system: You are a helpful assistant.
user:
Analyze the provided spectrum to determine if it is a **White Dwarf (WD)**.

A White Dwarf spectrum is defined by its **extreme purity** (due to gravitational settling) and/or **extreme pressure broadening** (due to high surface gravity). You must check for one of the following mutually exclusive signatures:

- **Key Visual Indicators (Check for ONE of these types):**

    - **1. DA-Type Signature (Most Common):**
        - **(Primary Feature):** Extreme pressure broadening (Stark broadening) of the **Hydrogen (H) Balmer lines**.
        - **(Key Lines):** $H\beta$ (approx. $4861$ Å) and $H\gamma$ (approx. $4340$ Å). $H\alpha$ (approx. $6563$ Å) will also be present if the wavelength range covers it.
        - **(Line Profile):** This is the **defining feature**. The lines are **NOT** sharp. They appear as massive, **extremely broad and deep "troughs" or "dips"** in the spectrum, often hundreds of Ångströms wide. The continuum will appear to "scoop" down at these wavelengths.
        - **(Distinction):** Normal A-type or B-type stars have *narrow* and *sharp* Hydrogen lines. A DA White Dwarf's lines are unmistakably "smeared" or "blurry" from pressure.

    - **2. DB-Type Signature:**
        - **(Primary Feature):** Broad absorption lines from **Neutral Helium (He I)**. The spectrum must lack any visible Hydrogen lines.
        - **(Key Lines):** Look for broad absorption near $4471$ Å, $4921$ Å, and $5876$ Å.
        - **(Line Profile):** These lines are also significantly pressure-broadened, appearing much wider than they would in a normal B-type main-sequence star.

    - **3. DC-Type Signature:**
        - **(Primary Feature):** A **featureless continuous spectrum**.
        - **(Line Profile):** The spectrum is a smooth curve with **no significant absorption or emission lines**.
        - **(Key Confirmation):** The continuum is almost always **blue or white**, indicating a hot object. This signature implies the atmosphere is so pure (or so cool) that no spectral lines are visible in the optical range. Its WD identity is confirmed by its extremely low intrinsic brightness (high absolute magnitude).

    - **4. DZ-Type Signature (Metal-Polluted):**
        - **(Primary Feature):** **Isolated, narrow metal absorption lines** on an otherwise featureless (DC-like) continuum.
        - **(Key Lines):** The **Calcium (Ca II) H & K doublet** (approx. **$3934$ Å** and **$3968$ Å**) is the most common and defining feature.
        - **(Line Profile):** These lines are "out of place." They are *not* part of a "forest" of thousands of lines. This signature is evidence of recent *accretion* (pollution) from rocky debris.
        - **(Distinction):** Normal G/K/M stars have a *dense forest* of thousands of metal lines. A DZ has a *clean* continuum with *only a few* strong metal lines.

    - **5. DQ-Type Signature (Carbon-Polluted):**
        - **(Primary Feature):** Absorption bands from **Carbon (C₂ "Swan Bands" or atomic C I)**.
        - **(Key Lines - C₂):** Look for bandheads with a "saw-tooth" shape near $5635$ Å, **$5165$ Å** (strongest), and $4737$ Å.
        - **(Key Confirmation):** The underlying **continuum must be blue or white** (hot).
        - **(Distinction):** This is the critical difference from a **Carbon Star**, which has the *exact same* C₂ bands but on an extremely **red, cool** continuum.

- **(Overall Spectrum):**
    - The continuum (overall shape) is typically **blue-sloping** (brighter in the blue than the red), as most white dwarfs are very hot.
    - The spectrum will look "pure" or "simple," dominated by only *one* of the five signatures listed above.

Think first, call **spectral_visualization_tool** if needed to examine features in detail, then provide your final answer. Your response must adhere to the following strict rules:
1.  **Overall Structure:** Your response must follow the format `<think>...</think> <tool_call>...</tool_call> (if a tool is used) <answer>...</answer>`.
2.  **Tool Usage Constraint:** You may only make **one** tool call per turn.
3.  **Final Answer Format:** In the `<answer>` tag, your conclusion must be inside a `\boxed{}` command (e.g., `\boxed{YES}` or `\boxed{NO}`), followed by your justification.

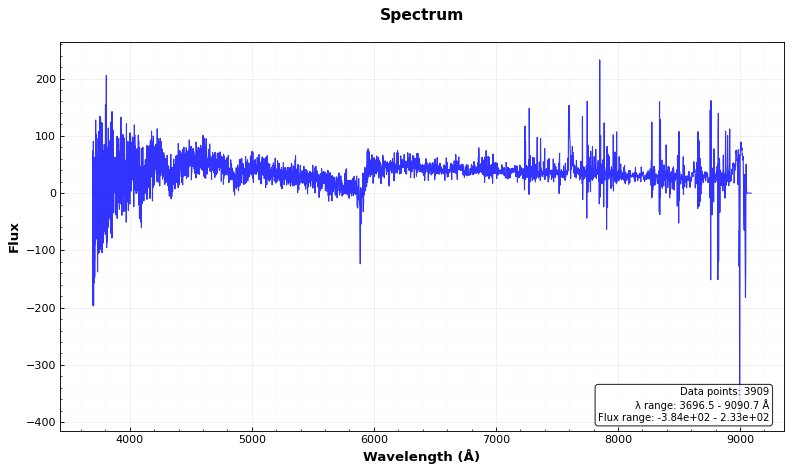
Answer: YES